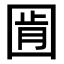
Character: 𭍧